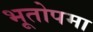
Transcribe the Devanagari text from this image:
भूतोपमा